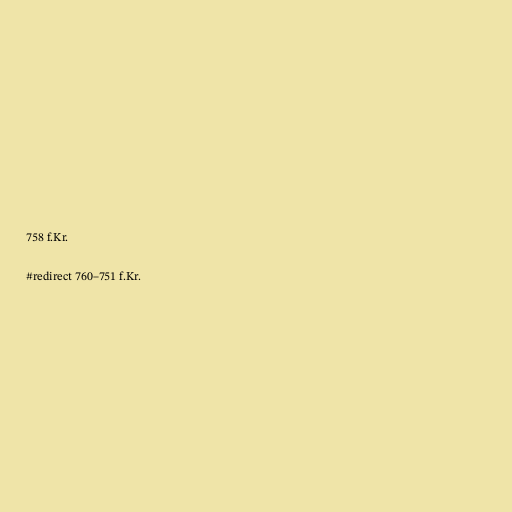
758 f.Kr.

#redirect 760–751 f.Kr.